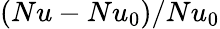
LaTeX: (Nu-Nu_{0})/Nu_{0}